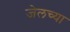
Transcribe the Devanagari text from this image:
जेलच्या